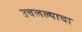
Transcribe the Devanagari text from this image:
उचलल्याचा